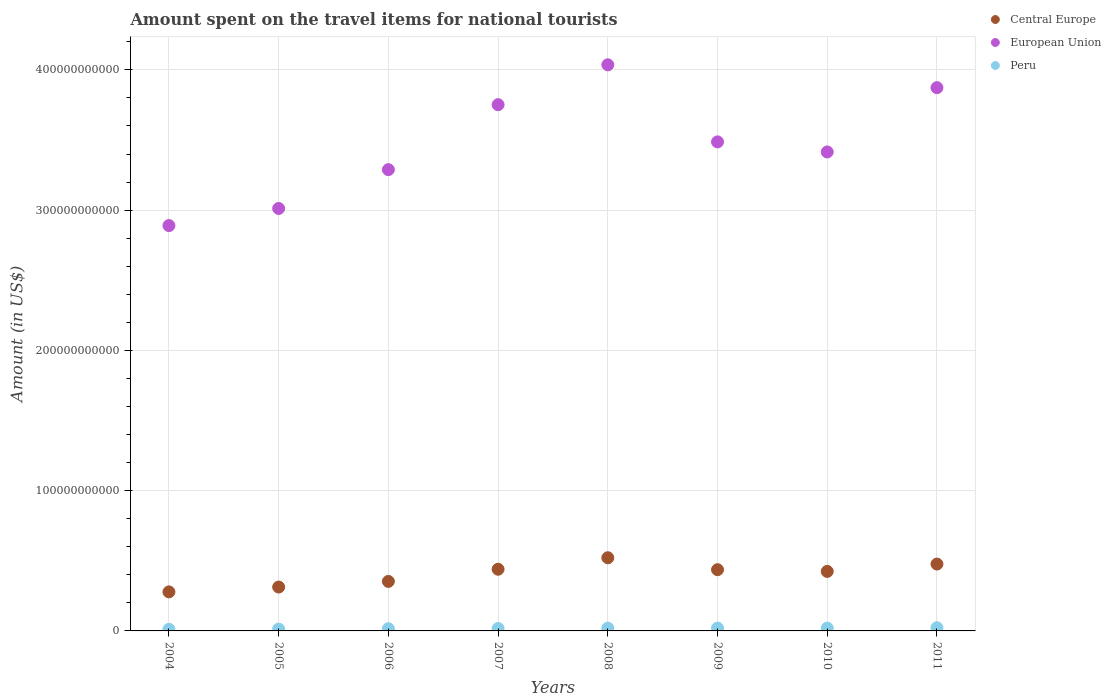
| Years | Central Europe | European Union | Peru |
 | --- | --- | --- | --- |
 | 2004 | 2.78e+10 | 2.89e+11 | 1.14e+09 |
 | 2005 | 3.13e+10 | 3.01e+11 | 1.31e+09 |
 | 2006 | 3.53e+10 | 3.29e+11 | 1.57e+09 |
 | 2007 | 4.4e+10 | 3.75e+11 | 1.72e+09 |
 | 2008 | 5.22e+10 | 4.04e+11 | 1.99e+09 |
 | 2009 | 4.37e+10 | 3.49e+11 | 2.01e+09 |
 | 2010 | 4.24e+10 | 3.41e+11 | 2.01e+09 |
 | 2011 | 4.77e+10 | 3.87e+11 | 2.26e+09 |